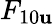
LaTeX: F_{10\mathbf{u}}